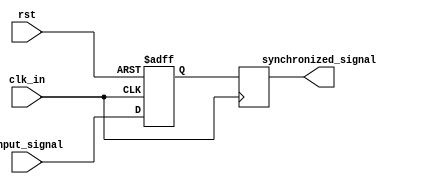
module pulse_synchronizer (
    input wire clk_in,
    input wire rst,
    input wire input_signal,
    output reg synchronized_signal
);

reg internal_signal;

always @(posedge clk_in or posedge rst) begin
    if (rst) begin
        internal_signal <= 1'b0;
    end else begin
        internal_signal <= input_signal;
    end
end

always @(posedge clk_in) begin
    synchronized_signal <= internal_signal;
end

endmodule